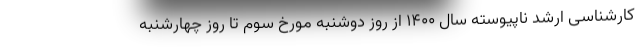
کارشناسی ارشد ناپیوسته سال ۱۴۰۰ از روز دوشنبه مورخ سوم تا روز چهارشنبه